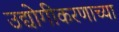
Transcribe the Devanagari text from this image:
उद्योगीकरणाच्या